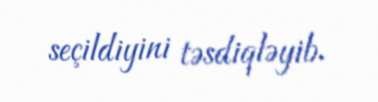
seçildiyini təsdiqləyib.